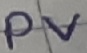
Text: PV